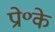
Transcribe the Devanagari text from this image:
प्रो॰के